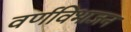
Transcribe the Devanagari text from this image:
वर्णविभाजन